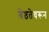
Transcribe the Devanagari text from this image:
श्रेष्ठतेवरून